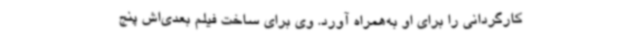
کارگردانی را برای او به‌همراه آورد. وی برای ساخت فیلم بعدی‌اش پنج